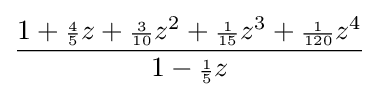
{\frac {1+{\scriptstyle {\frac {4}{5}}}z+{\scriptstyle {\frac {3}{10}}}z^{2}+{\scriptstyle {\frac {1}{15}}}z^{3}+{\scriptstyle {\frac {1}{120}}}z^{4}}{1-{\scriptstyle {\frac {1}{5}}}z}}